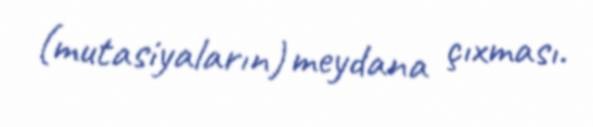
(mutasiyaların) meydana çıxması.